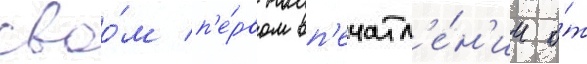
своо́м п'е́рвом вп'ечатл'е́н'ии о́т